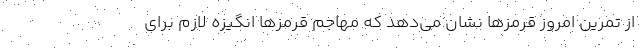
از تمرین امروز قرمز‌ها نشان می‌دهد که مهاجم قرمز‌ها انگیزه لازم برای